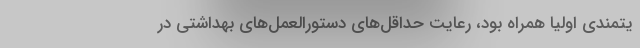
یتمندی اولیا همراه بود، رعایت حداقل‌های دستورالعمل‌های بهداشتی در